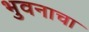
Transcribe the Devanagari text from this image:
भुवनाचा